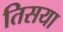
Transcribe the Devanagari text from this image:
तिसया